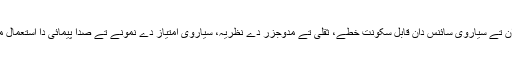
اس وجہ تو‏ں ماہرین فلکیات، فلکی حیاتیات دان تے سیاروی سائنس دان قابل سکونت خطے، ثقلی تے مدوجزر دے نظریہ، سیاروی امتیاز دے نمونے تے صدا پیمائی دا استعمال ممکنہ مائع پانی دے تعین دے لئی کردے نيں۔